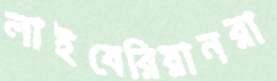
লাইবেরিয়ানরা